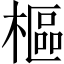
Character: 樞